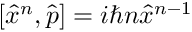
[ { \hat { x } } ^ { n } , { \hat { p } } ] = i \hbar n { \hat { x } } ^ { n - 1 }